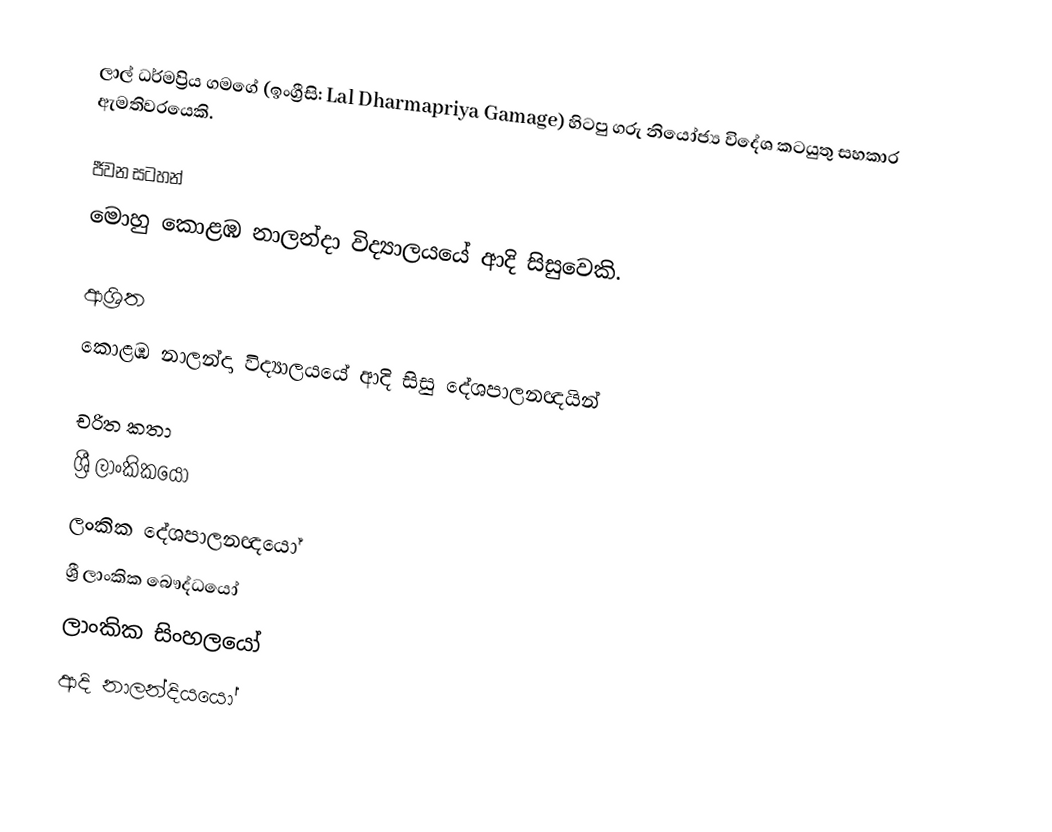
ලාල් ධර්මප්‍රිය ගමගේ (ඉංග්‍රීසි: Lal Dharmapriya Gamage) හිටපු ගරු නියෝජ්‍ය විදේශ කටයුතු සහකාර ඇමතිවරයෙකි.

ජීවන සටහන්
මොහු  කොළඹ නාලන්දා විද්‍යාලයයේ ආදි සිසුවෙකි.

ආශ්‍රිත
කොළඹ නාලන්දා විද්‍යාලයයේ ආදි සිසු දේශපාලනඥයින්

චරිත කතා
ශ්‍රී ලාංකිකයෝ
ලංකික දේශපාලනඥයෝ
ශ්‍රී ලාංකික බෞද්ධයෝ
ලාංකික සිංහලයෝ
ආදි නාලන්දියයෝ